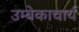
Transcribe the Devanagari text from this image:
उम्बेकाचार्य